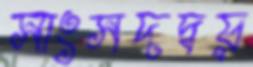
সাংসদদ্বয়